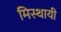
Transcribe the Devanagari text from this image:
मिस्थायी